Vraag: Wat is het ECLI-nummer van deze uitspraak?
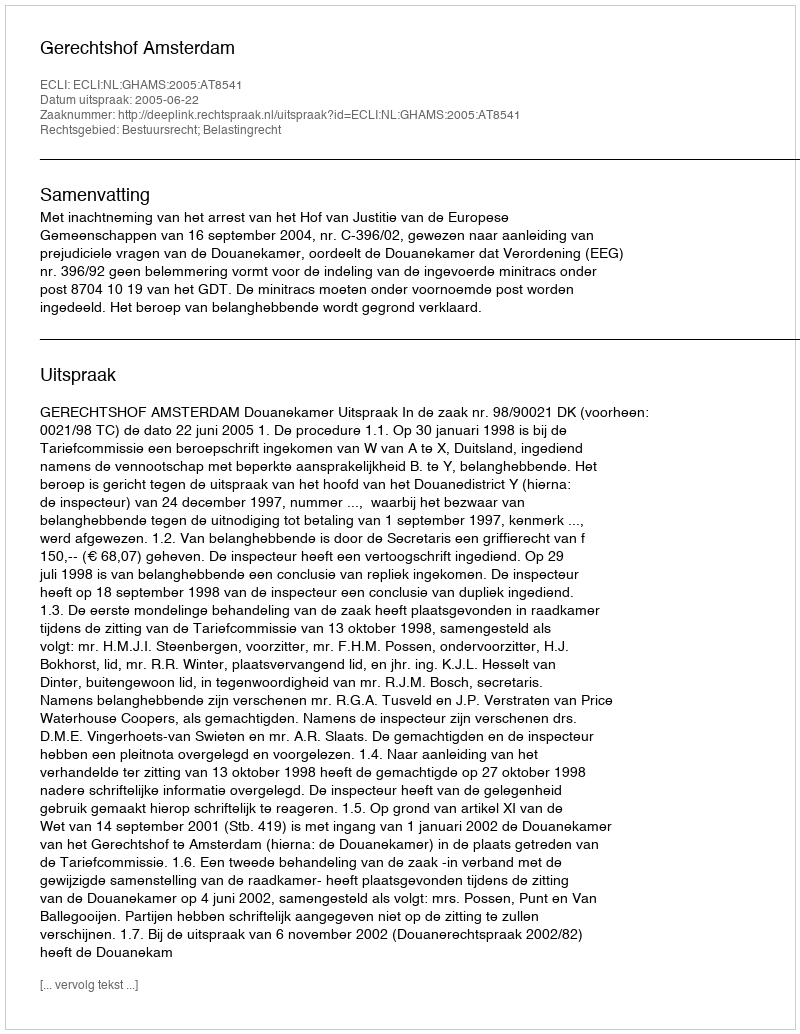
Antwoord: ECLI:NL:GHAMS:2005:AT8541